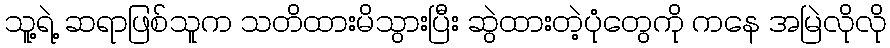
သူ့ရဲ့ ဆရာဖြစ်သူက သတိထားမိသွားပြီး ဆွဲထားတဲ့ပုံတွေကို ကနေ အမြဲလိုလို